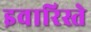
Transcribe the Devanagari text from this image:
इवारिस्ते